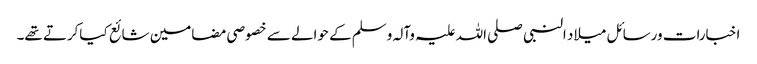
اخبارات ورسائل میلاد النبی صلی اللہ علیہ وآلہ وسلم کے حوالے سے خصوصی مضامین شائع کیاکرتے تھے۔